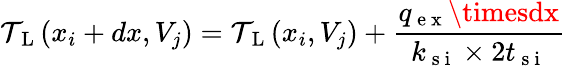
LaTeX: \mathcal{T}_{\mathrm{{~L~}}}(x_{i}+dx,V_{j})=\mathcal{T}_{\mathrm{{~L~}}}(x_{i},V_{j})+\frac{{q_{\mathrm{{~e~x~}}}\timesdx}}{{k_{\mathrm{{~s~i~}}}\times2t_{\mathrm{{~s~i~}}}}}